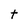
Character: t